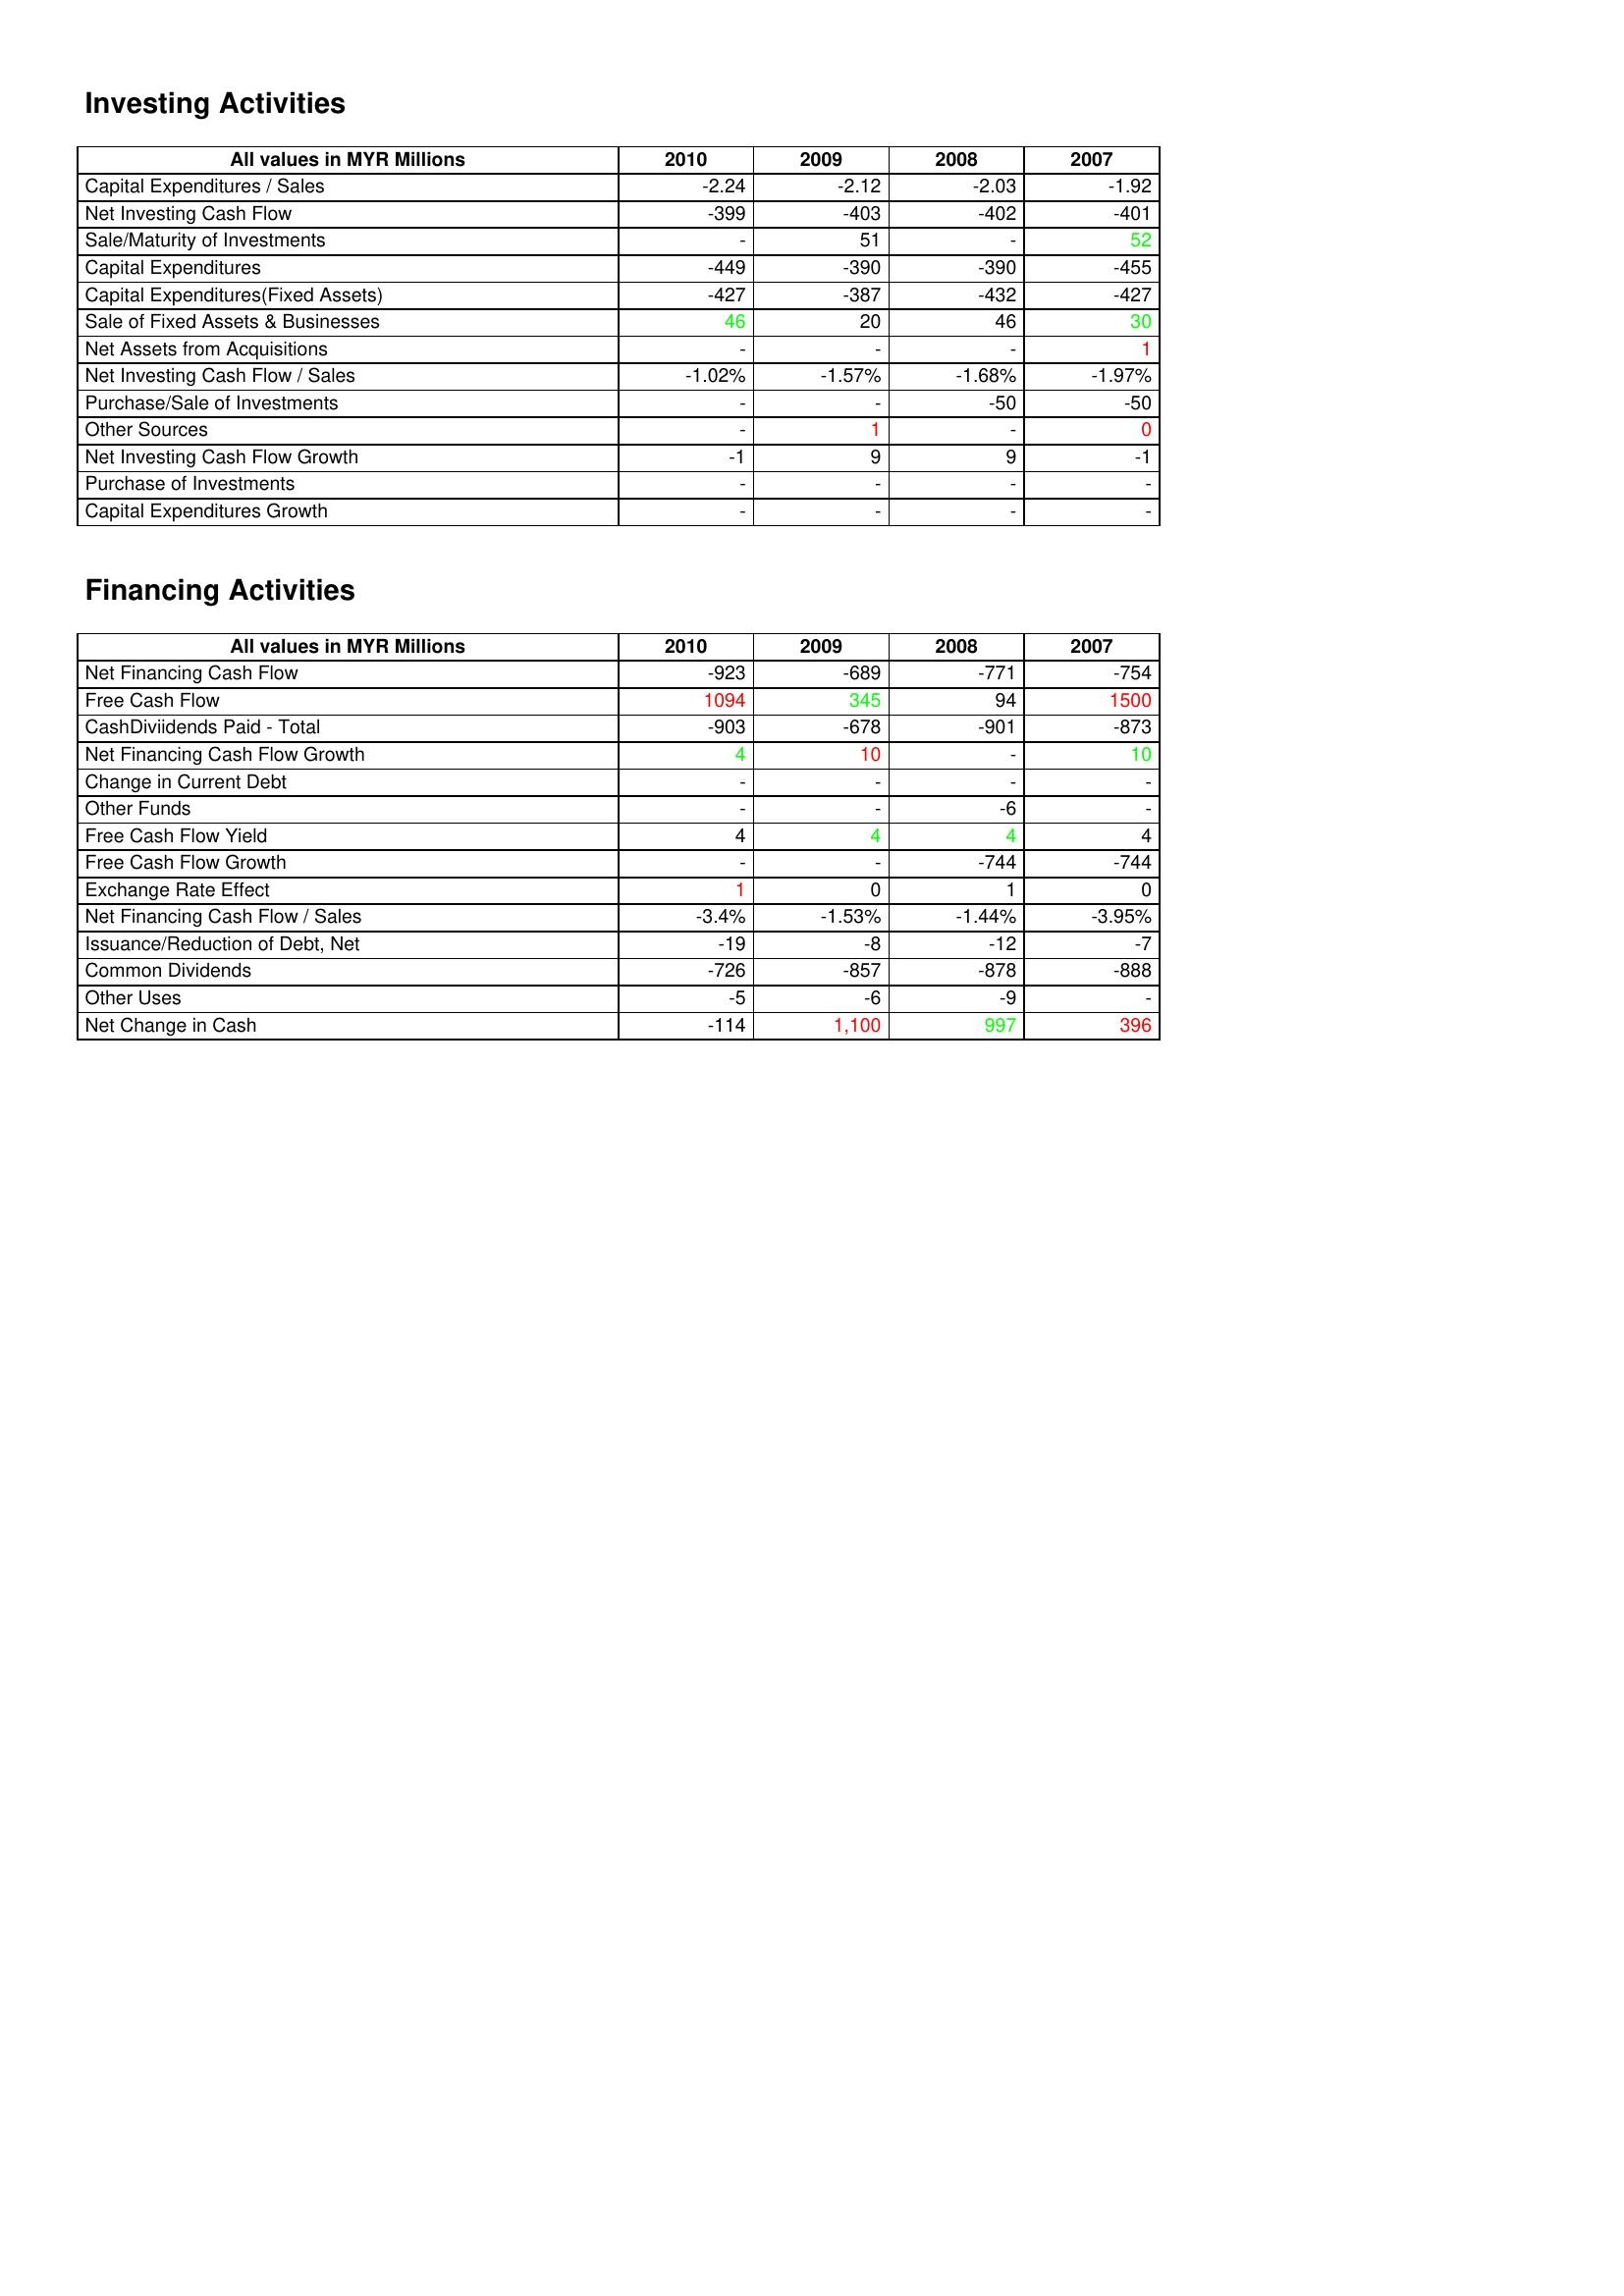
gt_parse: 2010: Investing Activities: Capital Expenditures / Sales: -2.24
Net Investing Cash Flow: -399
Sale/Maturity of Investments: -
Capital Expenditures: -449
Capital Expenditures(Fixed Assets): -427
Sale of Fixed Assets & Businesses: 46
Net Assets from Acquisitions: -
Net Investing Cash Flow / Sales: -1.02%
Purchase/Sale of Investments: -
Other Sources: -
Net Investing Cash Flow Growth: -1
Purchase of Investments: -
Capital Expenditures Growth: -
Financing Activities: Net Financing Cash Flow: -923
Free Cash Flow: 1094
CashDiviidends Paid - Total: -903
Net Financing Cash Flow Growth: 4
Change in Current Debt: -
Other Funds: -
Free Cash Flow Yield: 4
Free Cash Flow Growth: -
Exchange Rate Effect: 1
Net Financing Cash Flow / Sales: -3.4%
Issuance/Reduction of Debt, Net: -19
Common Dividends: -726
Other Uses: -5
Net Change in Cash: -114
2009: Investing Activities: Capital Expenditures / Sales: -2.12
Net Investing Cash Flow: -403
Sale/Maturity of Investments: 51
Capital Expenditures: -390
Capital Expenditures(Fixed Assets): -387
Sale of Fixed Assets & Businesses: 20
Net Assets from Acquisitions: -
Net Investing Cash Flow / Sales: -1.57%
Purchase/Sale of Investments: -
Other Sources: 1
Net Investing Cash Flow Growth: 9
Purchase of Investments: -
Capital Expenditures Growth: -
Financing Activities: Net Financing Cash Flow: -689
Free Cash Flow: 345
CashDiviidends Paid - Total: -678
Net Financing Cash Flow Growth: 10
Change in Current Debt: -
Other Funds: -
Free Cash Flow Yield: 4
Free Cash Flow Growth: -
Exchange Rate Effect: 0
Net Financing Cash Flow / Sales: -1.53%
Issuance/Reduction of Debt, Net: -8
Common Dividends: -857
Other Uses: -6
Net Change in Cash: 1,100
2008: Investing Activities: Capital Expenditures / Sales: -2.03
Net Investing Cash Flow: -402
Sale/Maturity of Investments: -
Capital Expenditures: -390
Capital Expenditures(Fixed Assets): -432
Sale of Fixed Assets & Businesses: 46
Net Assets from Acquisitions: -
Net Investing Cash Flow / Sales: -1.68%
Purchase/Sale of Investments: -50
Other Sources: -
Net Investing Cash Flow Growth: 9
Purchase of Investments: -
Capital Expenditures Growth: -
Financing Activities: Net Financing Cash Flow: -771
Free Cash Flow: 94
CashDiviidends Paid - Total: -901
Net Financing Cash Flow Growth: -
Change in Current Debt: -
Other Funds: -6
Free Cash Flow Yield: 4
Free Cash Flow Growth: -744
Exchange Rate Effect: 1
Net Financing Cash Flow / Sales: -1.44%
Issuance/Reduction of Debt, Net: -12
Common Dividends: -878
Other Uses: -9
Net Change in Cash: 997
2007: Investing Activities: Capital Expenditures / Sales: -1.92
Net Investing Cash Flow: -401
Sale/Maturity of Investments: 52
Capital Expenditures: -455
Capital Expenditures(Fixed Assets): -427
Sale of Fixed Assets & Businesses: 30
Net Assets from Acquisitions: 1
Net Investing Cash Flow / Sales: -1.97%
Purchase/Sale of Investments: -50
Other Sources: 0
Net Investing Cash Flow Growth: -1
Purchase of Investments: -
Capital Expenditures Growth: -
Financing Activities: Net Financing Cash Flow: -754
Free Cash Flow: 1500
CashDiviidends Paid - Total: -873
Net Financing Cash Flow Growth: 10
Change in Current Debt: -
Other Funds: -
Free Cash Flow Yield: 4
Free Cash Flow Growth: -744
Exchange Rate Effect: 0
Net Financing Cash Flow / Sales: -3.95%
Issuance/Reduction of Debt, Net: -7
Common Dividends: -888
Other Uses: -
Net Change in Cash: 396